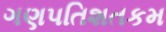
ગણપતિશતકમ